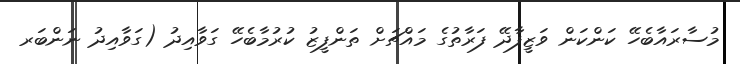
މުސާރައާބެހޭ ކަންކަން ވަޒީފާދޭ ފަރާތުގެ މައްޗަށް ތަންފީޒު ކުރުމާބެހޭ ގަވާއިދު (ގަވާއިދު ނަންބަރ